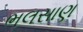
ભલસાણ